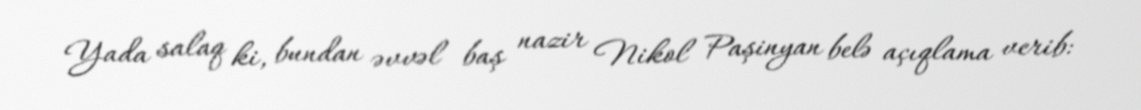
Yada salaq ki, bundan əvvəl baş nazir Nikol Paşinyan belə açıqlama verib: